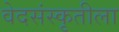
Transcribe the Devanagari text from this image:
वेदसंस्कृतीला